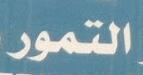
التمور